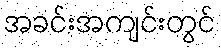
အခင်းအကျင်းတွင်